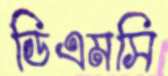
ডিএমসি